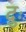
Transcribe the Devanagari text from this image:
दुः